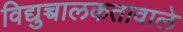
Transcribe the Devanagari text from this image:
विद्युच्चालकतावाले